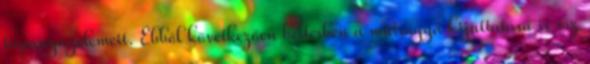
tápanyagelemeit. Ebből következően beltérben a műtrágya kijuttatása is víz